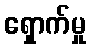
ရှောက်မှု